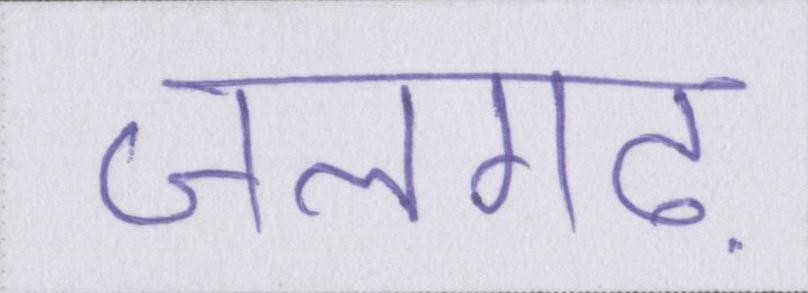
जलगढ़